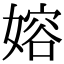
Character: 嫆